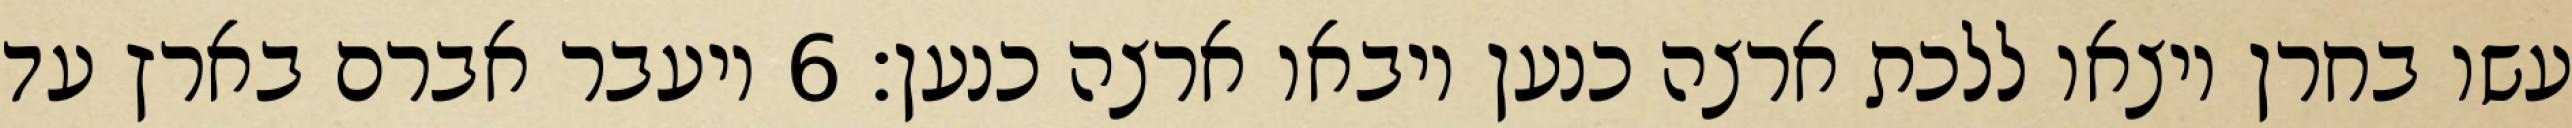
עשו בחרן ויצאו ללכת ארצה כנען ויבאו ארצה כנען׃ ‎6‏ ויעבר אברם בארץ עד